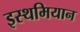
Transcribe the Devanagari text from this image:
इस्थमियान